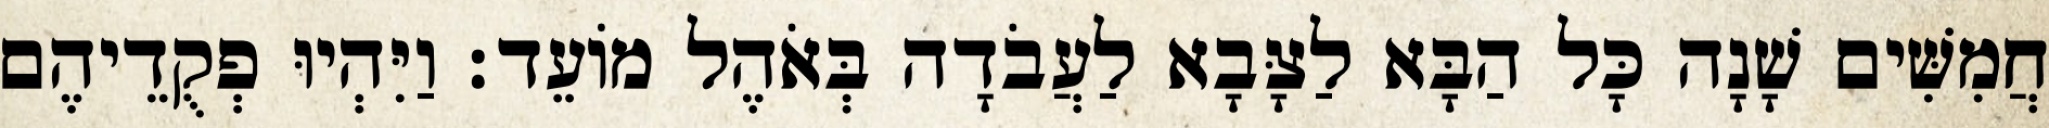
חֲמִשִּׁים שָׁנָה כָּל הַבָּא לַצָּבָא לַעֲבֹדָה בְּאֹהֶל מוֹעֵד׃ וַיִּהְיוּ פְקֻדֵיהֶם